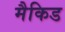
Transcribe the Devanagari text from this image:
मैकिड